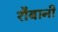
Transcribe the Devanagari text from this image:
शैबानी